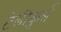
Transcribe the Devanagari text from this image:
टेलीकुर्स